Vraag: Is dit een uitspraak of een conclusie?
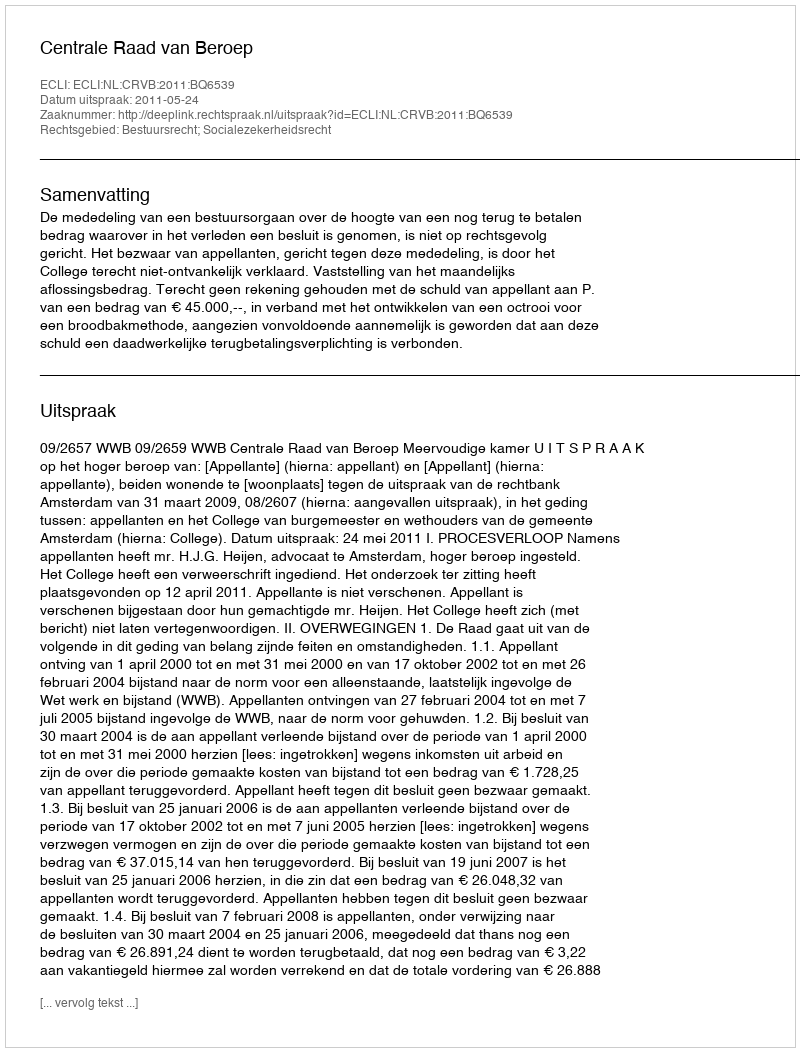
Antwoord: Uitspraak